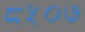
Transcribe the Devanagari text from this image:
८५०७